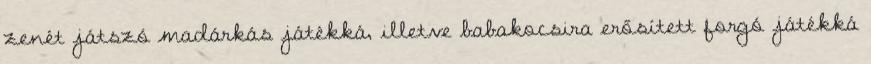
zenét játszó madárkás játékká, illetve babakocsira erősített forgó játékká